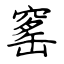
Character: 窰